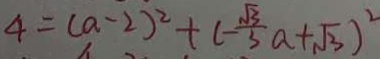
4 = ( a - 2 ) ^ { 2 } + ( - \frac { \sqrt { 3 } } { 3 } a + \sqrt { 3 } ) ^ { 2 }